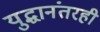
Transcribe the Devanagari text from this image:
युद्धानंतरही